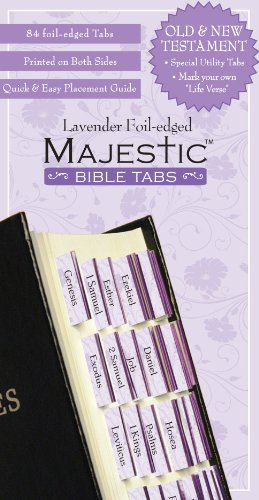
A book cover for Bible Tabs: Majestic Bible Tabs, Lavender; Ellie Claire; Christian Books & Bibles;